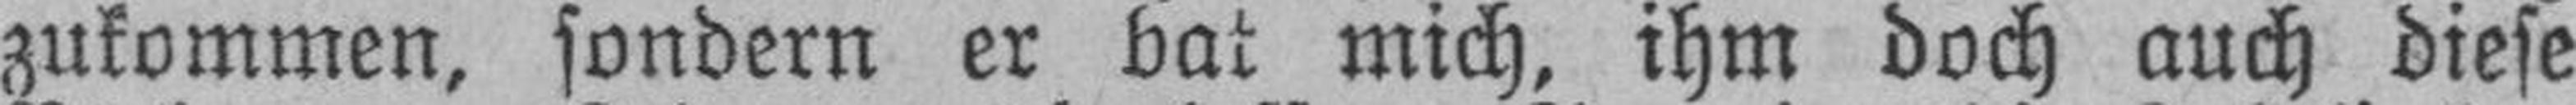
zukommen, sondern er bat mich, ihm doch auch diese